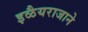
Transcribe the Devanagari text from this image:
इळैयराजाने